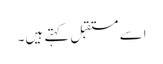
اسے مستقبل کہتے ہیں۔